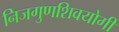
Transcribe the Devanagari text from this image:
निजगुणशिवयोगी